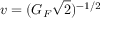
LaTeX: v = ( G _ { F } { \sqrt { 2 } } ) ^ { - 1 / 2 }